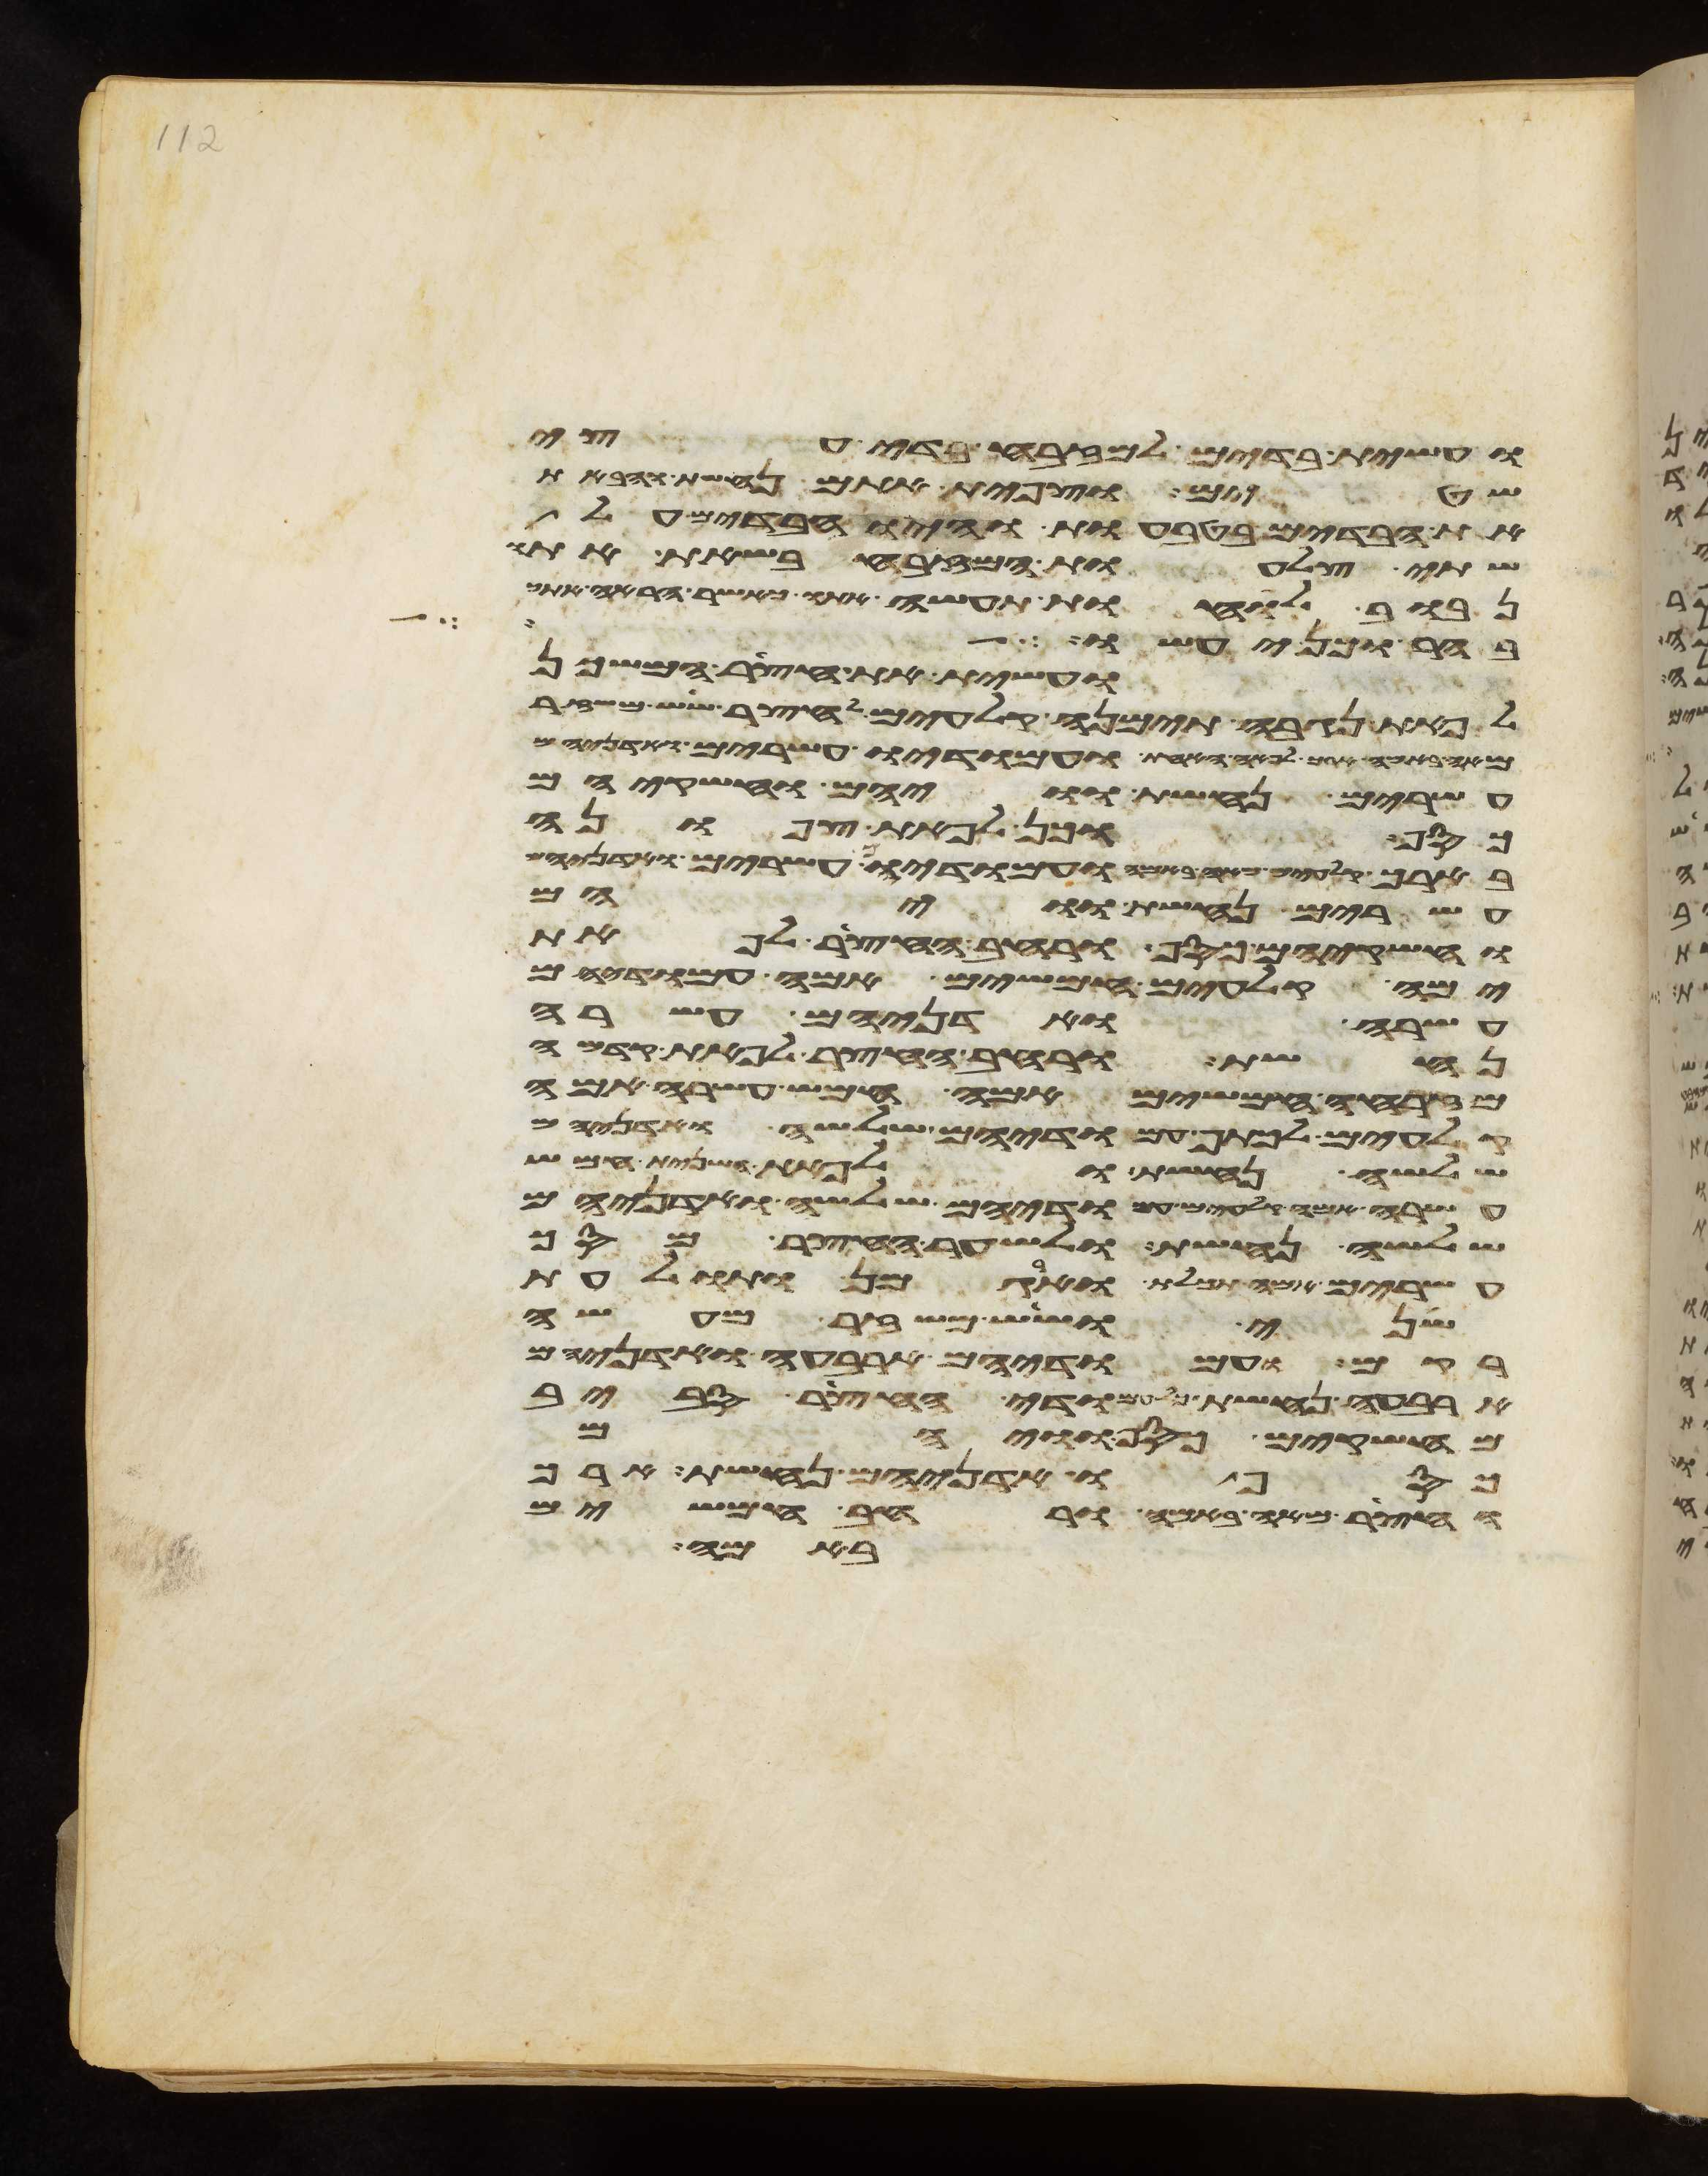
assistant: ועשית בדים למזבח בדי עצי
שטים וצפית אתם נחשת והבאת
את הבדים בטבעות והיו הבדים על
שתי צלעות המזבח בשאת אתו
נבוב לוחות תעשה אתו כאשר הראה אתך
בהר וכן יעשו
ועשית את חצר המשכן
לפאת נגבה תימנה קלעים לחצר שש משזר
מאה באמה ארך לפאה האחת ועמודיו עשרים ואדניהם
עשרים נחשת וויהם וחשקיהם
כסף וכן לפאת צפונה
ארך לפאה האחת ועמודיו עשרים ואדניהם
עשרים נחשת וויהם
וחשקיהם כסף ורחב החצר לפאת
ימה קלעים חמשים אמה עמודיהם
עשרה ואדניהם עשרה
נחשת ורחב החצר לפאת קדמה
מזרחה חמשים אמה חמש עשרה אמה
קלעים לכתף עמודיהם שלשה ואדניהם
שלשה נחשת ולפאת השנית חמש
עשרה אמה עמודיהם שלשה ואדניהם
שלשה נחשת ולשער החצר מסך
עשרים אמה תכלת וארגמן ותולעת
שני ושש משזר מעשה
רקם ועמודיהם ארבעה ואדניהם
ארבעה נחשת כל עמודי החצר סביב
מחשקים כסף וויהם
כסף ואדניהם נחשת ארך
החצר מאה באמה ורחב חמשים
באמה